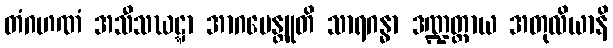
တံဂဟဏံ အသီသဃဋ္ဋာ အာဂမေန္တူတိ သာရဂန္ဓာ ဒဏ္ဍတ္ထာယ အတုလိယာနိ